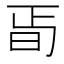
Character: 𣅰